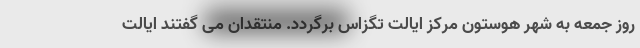
روز جمعه به شهر هوستون مرکز ایالت تگزاس برگردد. منتقدان می گفتند ایالت